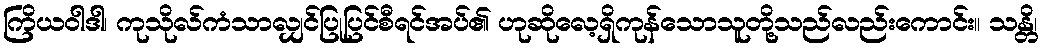
ကြိယဝါဒါ၊ ကုသိုလ်ကံသာလျှင်ပြုပြင်စီရင်အပ်၏ ဟုဆိုလေ့ရှိကုန်သောသူတို့သည်လည်းကောင်း။ သန္တိ၊